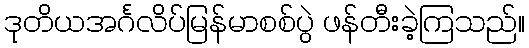
ဒုတိယအင်္ဂလိပ်မြန်မာစစ်ပွဲ ဖန်တီးခဲ့ကြသည်။